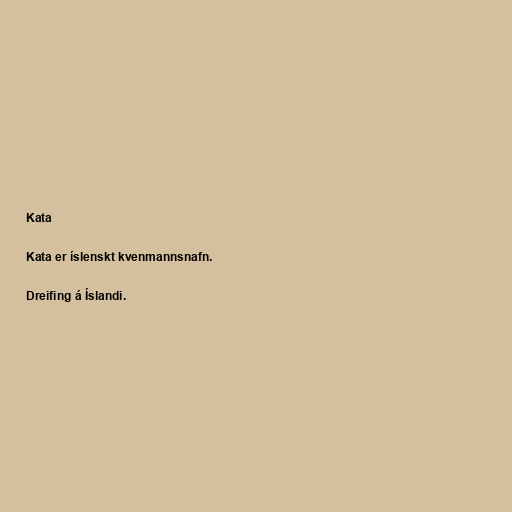
Kata

Kata er íslenskt kvenmannsnafn.

Dreifing á Íslandi.